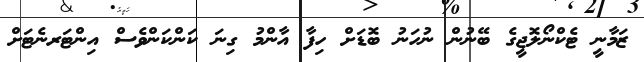
ޒަމާނީ ޓެކްނޯލޮޖީގެ ބޭނުން ނުހަނު ބޮޑަށް ހިފާ އާންމު ގިނަ ކަންކަންވެސް އިންޓަރނެޓަށް